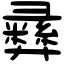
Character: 彞